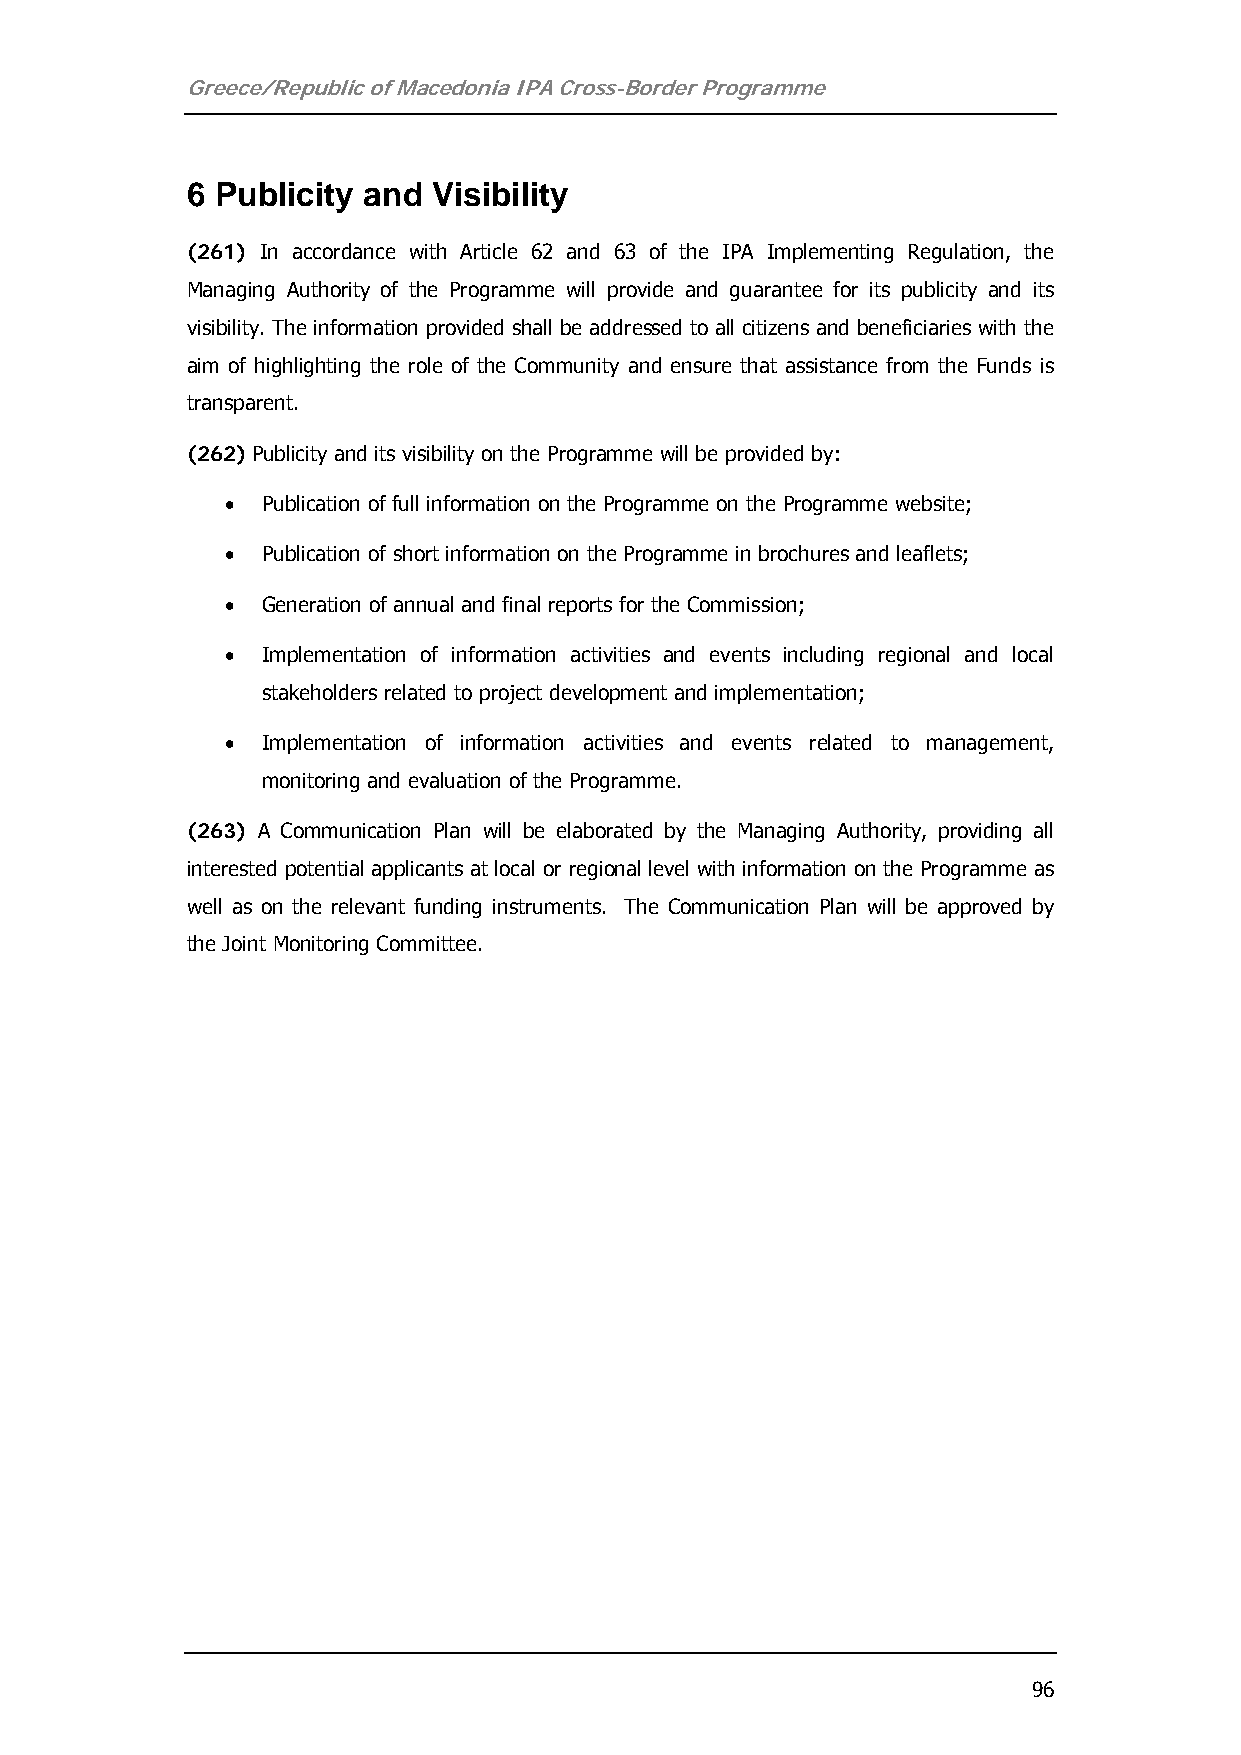
Greece/Republic of Macedonia IPA Cross-Border Programme
 6 Publicity and  Visibility
 (261) In accordance with Article 62 and 63 of the IPA Implementing Regulation, the
 Managing Authority of the Programme will provide and guarantee for its publicity and its
 visibility. The information provided shall be addressed to all citizens and beneficiaries with the
 aim of highlighting the role of the Community and ensure that assistance from the Funds is
 transparent.
 (262) Publicity and its visibility on the Programme will be provided by:
 • Publication of full information on the Programme on the Programme website;
 • Publication of short information on the Programme in brochures and leaflets;
 • Generation of annual and final reports for the Commission;
 • Implementation of information activities and events including regional and local
 stakeholders related to project development and implementation;
 • Implementation of information activities and events related to management,
 monitoring and evaluation of the Programme.
 (263) A Communication Plan will be elaborated by the Managing Authority, providing all
 interested potential applicants at local or regional level with information on the Programme as
 well as on the relevant funding instruments. The Communication Plan will be approved by
 the Joint Monitoring Committee.
 96